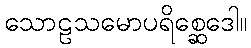
သောဠသမောပရိစ္ဆေဒေါ။